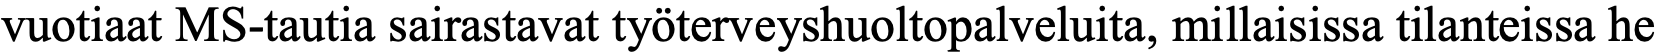
vuotiaat MS-tautia sairastavat työterveyshuoltopalveluita, millaisissa tilanteissa he